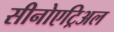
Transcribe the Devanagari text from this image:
सीनोएट्रिअल